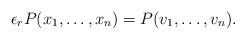
LaTeX: \begin{align*}\epsilon_rP(x_1, \ldots, x_n)=P(v_1, \ldots, v_n).\end{align*}